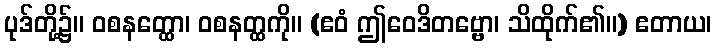
ပုဒ်တို့၌။ ဝစနတ္ထော၊ ဝစနတ္ထကို။ (ဧဝံ ဤဝေဒိတဗ္ဗော၊ သိထိုက်၏။) ဧတာယ၊